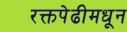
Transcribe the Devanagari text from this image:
रक्तपेढीमधून